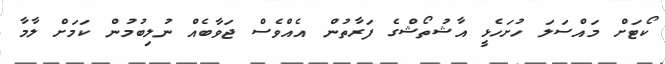
ކޯޓަށް މައްސަލަ ހުށަހެޅީ އާޝުތޯޝްގެ ފަރާތުން އެއްވެސް ޖަވާބެއް ނުލިބުމުން ކަމަށް ލާމާ